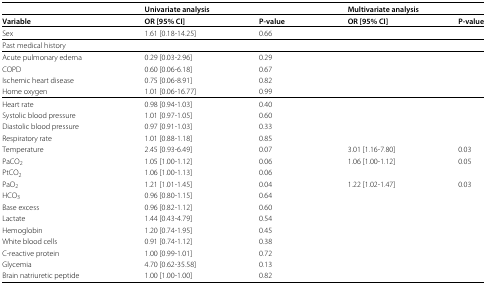
|  | <COLSPAN=2> Univariate analysis | <COLSPAN=2> Multivariate analysis |
 | --- | --- | --- | --- | --- |
 | Variable | OR [95% CI] | P-value | OR [95% CI] | P-value |
 | Sex | 1.61 [0.18-14.25] | 0.66 |  |  |
 | <COLSPAN=5> Past medical history |
 | Acute pulmonary edema | 0.29 [0.03-2.96] | 0.29 |  |  |
 | COPD | 0.60 [0.06-6.18] | 0.67 |  |  |
 | Ischemic heart disease | 0.75 [0.06-8.91] | 0.82 |  |  |
 | Home oxygen | 1.01 [0.06-16.77] | 0.99 |  |  |
 | Heart rate | 0.98 [0.94-1.03] | 0.40 |  |  |
 | Systolic blood pressure | 1.01 [0.97-1.05] | 0.60 |  |  |
 | Diastolic blood pressure | 0.97 [0.91-1.03] | 0.33 |  |  |
 | Respiratory rate | 1.01 [0.88-1.18] | 0.85 |  |  |
 | Temperature | 2.45 [0.93-6.49] | 0.07 | 3.01 [1.16-7.80] | 0.03 |
 | PaCO 2 | 1.05 [1.00-1.12] | 0.06 | 1.06 [1.00-1.12] | 0.05 |
 | PtCO 2 | 1.06 [1.00-1.13] | 0.06 |  |  |
 | PaO 2 | 1.21 [1.01-1.45] | 0.04 | 1.22 [1.02-1.47] | 0.03 |
 | HCO 3 | 0.96 [0.80-1.15] | 0.64 |  |  |
 | Base excess | 0.96 [0.82-1.12] | 0.60 |  |  |
 | Lactate | 1.44 [0.43-4.79] | 0.54 |  |  |
 | Hemoglobin | 1.20 [0.74-1.95] | 0.45 |  |  |
 | White blood cells | 0.91 [0.74-1.12] | 0.38 |  |  |
 | C-reactive protein | 1.00 [0.99-1.01] | 0.72 |  |  |
 | Glycemia | 4.70 [0.62-35.58] | 0.13 |  |  |
 | Brain natriuretic peptide | 1.00 [1.00-1.00] | 0.82 |  |  |